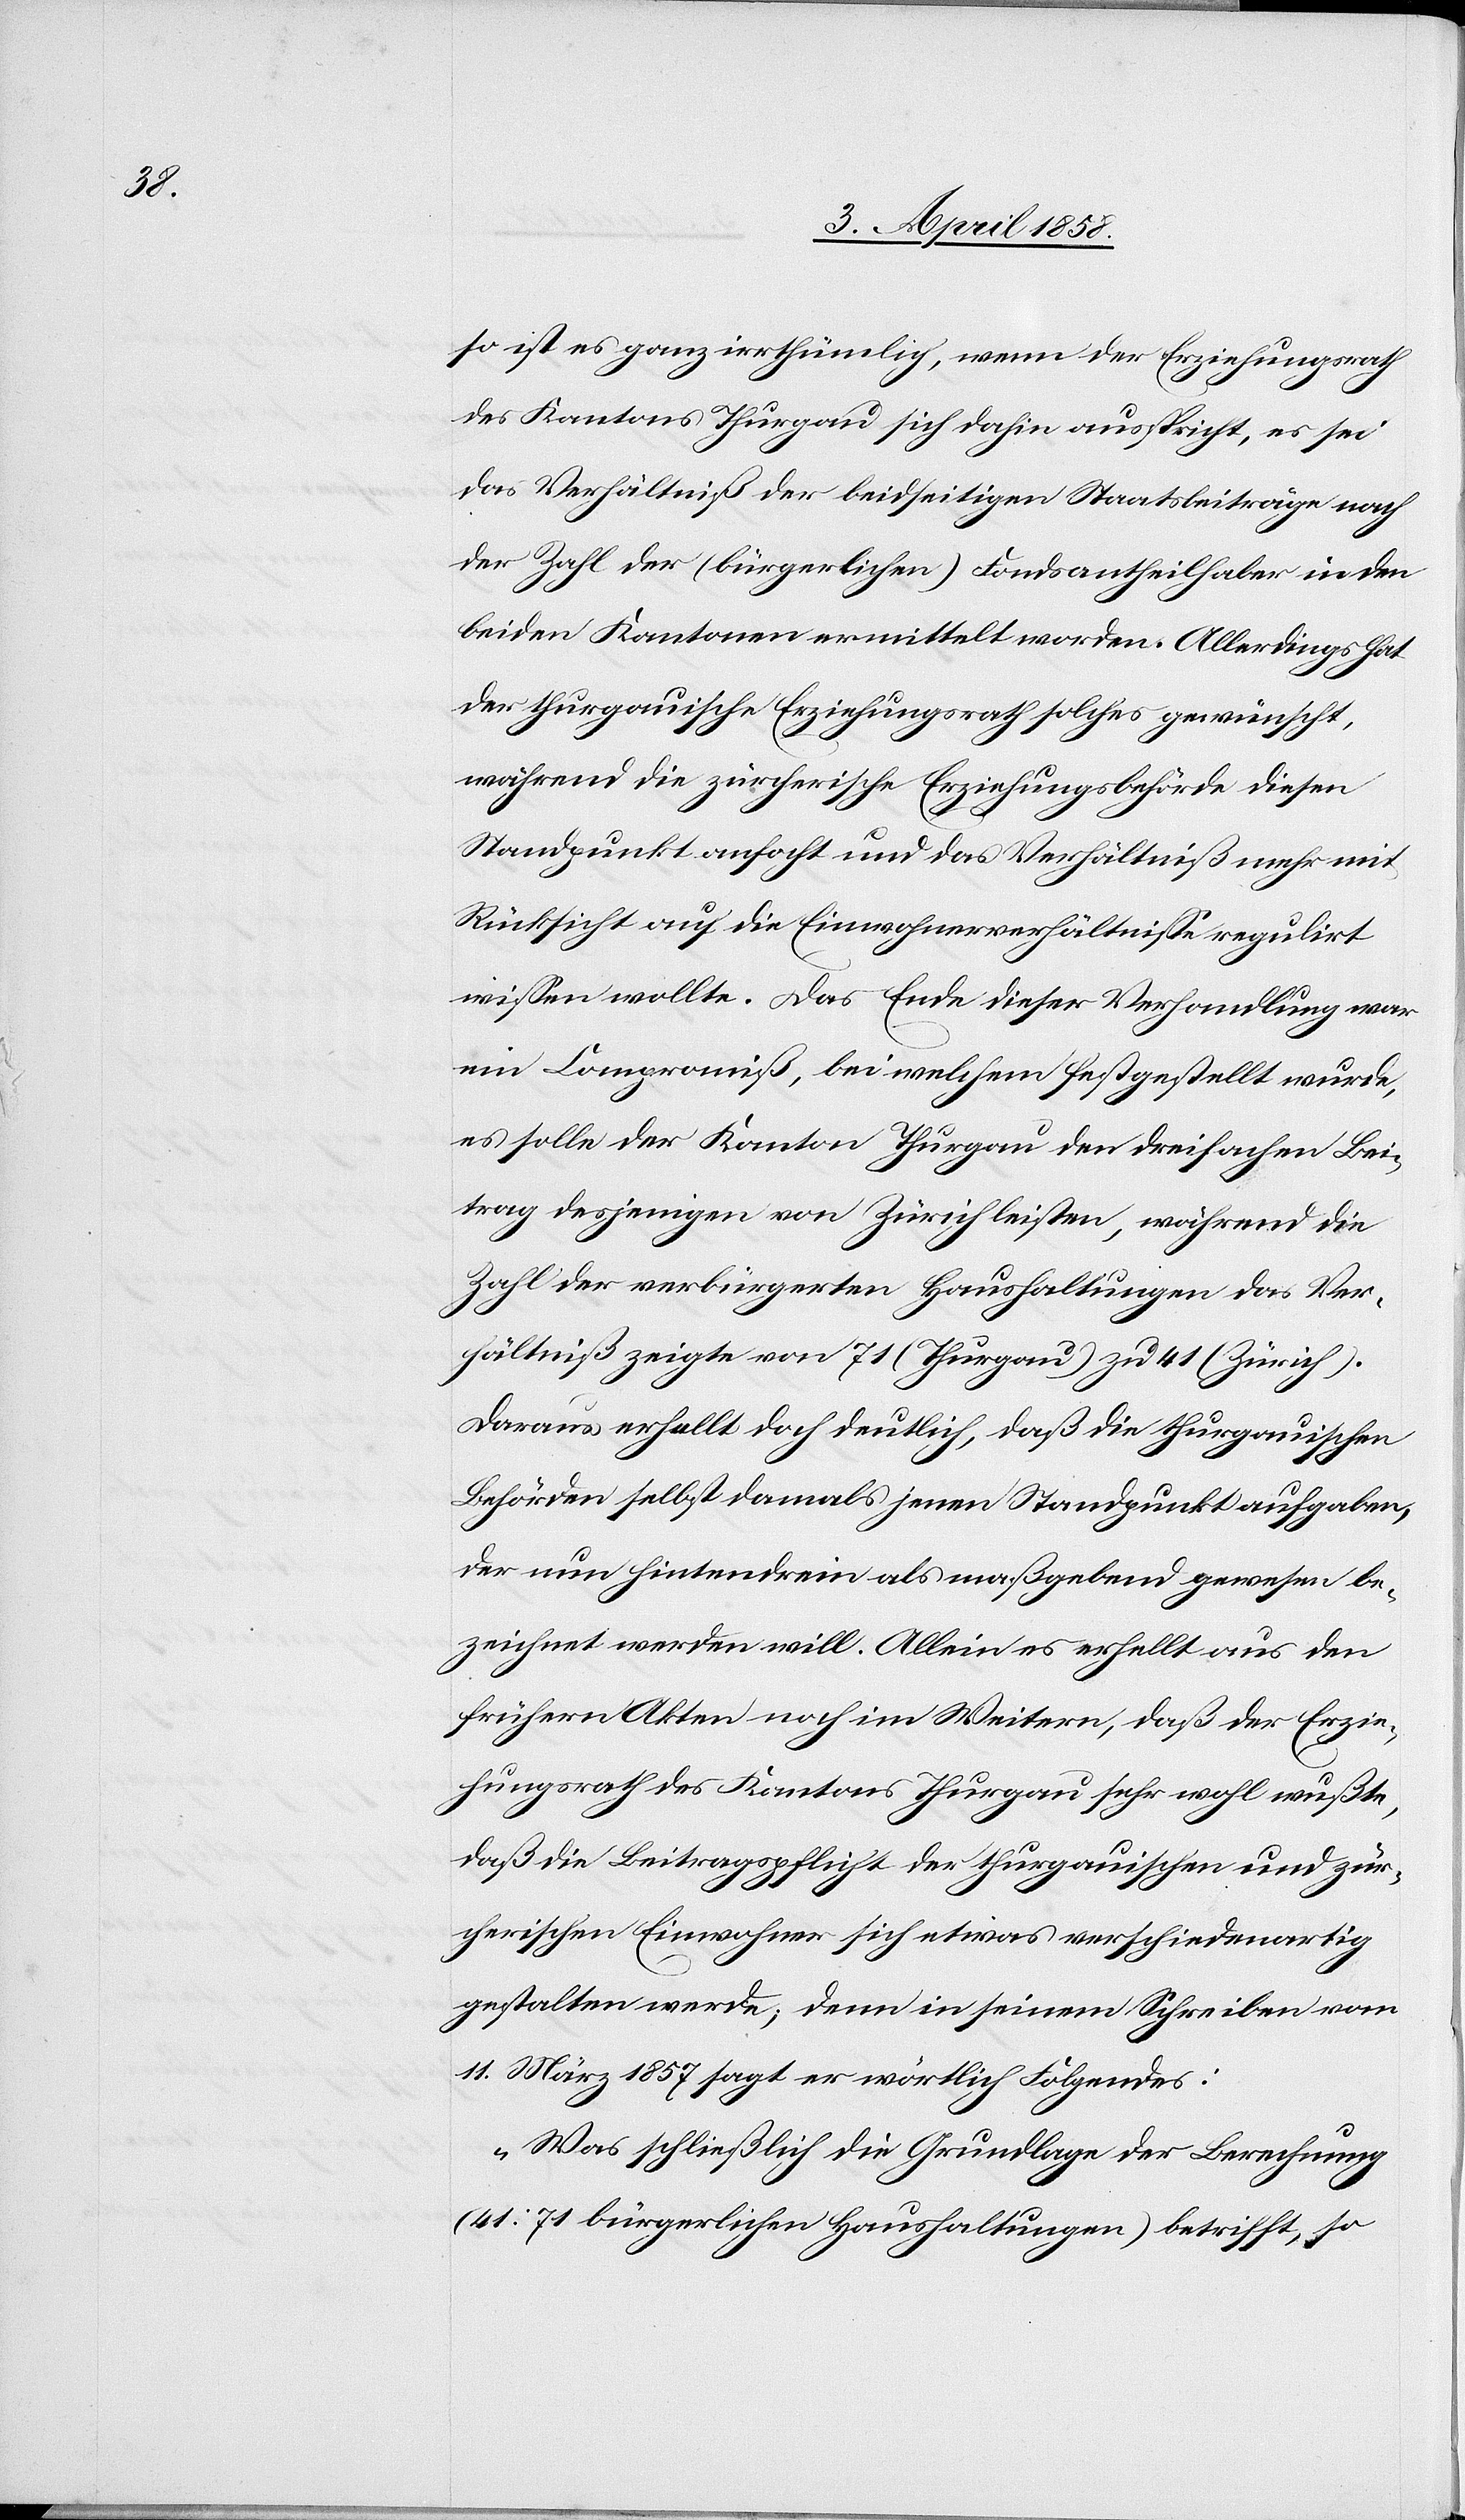
so ist es ganz irrthümlich, wenn der Erziehungsrath
des Kantons Thurgau sich dahin ausspricht, es sei
das Verhältniß der beidseitigen Staatsbeiträge nach
der Zahl der (bürgerlichen) Fondsantheilhaber in den
beiden Kantonen ermittelt worden. Allerdings hat
der thurgauische Erziehungsrath solches gewünscht,
während die zürcherische Erziehungsbehörde diesen
Standpunkt anfocht und das Verhältniß mehr mit
Rücksicht auf die Einwohnerverhältnisse regulirt
wissen wollte. Das Ende dieser Verhandlung war
ein Compromiß, bei welchem festgestellt wurde,
es solle der Kanton Thurgau den dreifachen Bei¬
trag desjenigen von Zürich leisten, während die
Zahl der verbürgerten Haushaltungen das Ver¬
hältniß zeigte von 71 (Thurgau) zu 41 (Zürich).
Daraus erhellt doch deutlich, daß die thurgauischen
Behörden selbst damals jenen Standpunkt aufgaben,
der nun hintenrein als maßgebend gewesen be¬
zeichnet werden will. Allein es erhellt aus den
frühern Akten noch im Weitern, daß der Erzie¬
hungsrath des Kantons Thurgau sehr wohl wußte,
daß die Beitragspflicht den thurgauischen und zür¬
cherischen Einwohner sich etwas verschiedenartig
gestalten werde; denn in seinem Schreiben vom
11. März 1857 sagt er wörtlich Folgendes:
„Was schließlich die Grundlage der Berechnung
(41:71 bürgerlichen Haushaltungen) betrifft, so